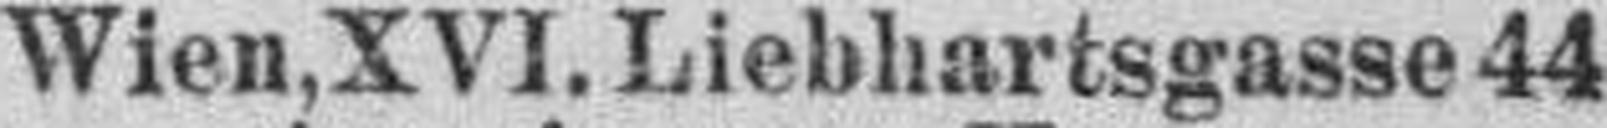
Wien, XVI. Liebhartsgasse 44